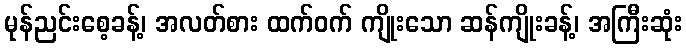
မုန်ညင်းစေ့ခန့်၊ အလတ်စား ထက်ဝက် ကျိုးသော ဆန်ကျိုးခန့်၊ အကြီးဆုံး